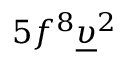
5 f ^ { 8 } \underline { { \upsilon } } ^ { 2 }